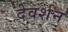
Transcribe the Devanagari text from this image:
देवर्शन